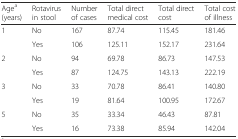
<table><thead><tr><td><b>Age<sup>a</sup> (years)</b></td><td><b>Rotavirus in stool</b></td><td><b>Number of cases</b></td><td><b>Total direct medical cost</b></td><td><b>Total direct cost</b></td><td><b>Total cost of illness</b></td></tr></thead><tbody><tr><td rowspan="2">1</td><td>No</td><td>167</td><td>87.74</td><td>115.45</td><td>181.46</td></tr><tr><td>Yes</td><td>106</td><td>125.11</td><td>152.17</td><td>231.64</td></tr><tr><td rowspan="2">2</td><td>No</td><td>94</td><td>69.78</td><td>86.73</td><td>147.53</td></tr><tr><td>Yes</td><td>87</td><td>124.75</td><td>143.13</td><td>222.19</td></tr><tr><td rowspan="2">3</td><td>No</td><td>33</td><td>70.78</td><td>86.41</td><td>140.80</td></tr><tr><td>Yes</td><td>19</td><td>81.64</td><td>100.95</td><td>172.67</td></tr><tr><td rowspan="2">5</td><td>No</td><td>35</td><td>33.34</td><td>46.43</td><td>87.81</td></tr><tr><td>Yes</td><td>16</td><td>73.38</td><td>85.94</td><td>142.04</td></tr></tbody></table>